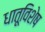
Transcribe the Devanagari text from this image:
धातूविशेष